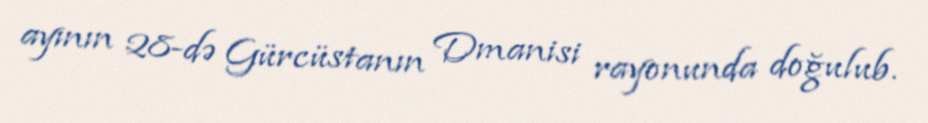
ayının 28-də Gürcüstanın Dmanisi rayonunda doğulub.